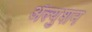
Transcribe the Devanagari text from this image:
ॲल्युशन